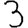
Digit: 3